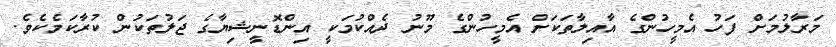
މަރާލުމަށް ފަހު އެމީހުންގެ އާއިލާތަކަށް އެމީހުންގެ މޫނު ދެއްކުމަކީ އިންޑޮނީޝިޔާގެ ޖަލުތަކުން ކުރާކަމެކެވެ.